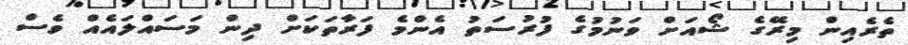
ތެރެއިން މިރޭގެ ޝޯއަށް ވަނުމުގެ ފުރުސަތު އެންމެ ފަރާތަކަށް ދިން މަސައްލައެއް ވެސް